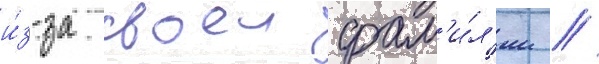
и́з-за своеи фам'и́л'ии /